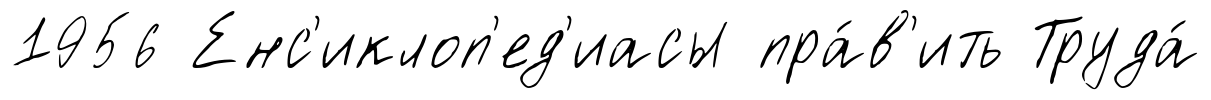
1956 Енс'иклоп'ед'иасы пра́в'ить Труда́